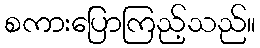
စကားပြောကြည့်သည်။